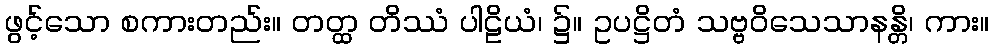
ဖွင့်သော စကားတည်း။ တတ္ထ တိဿံ ပါဠိယံ၊ ၌။ ဥပဋ္ဌိတံ သဗ္ဗဝိသေသာနန္တိ၊ ကား။